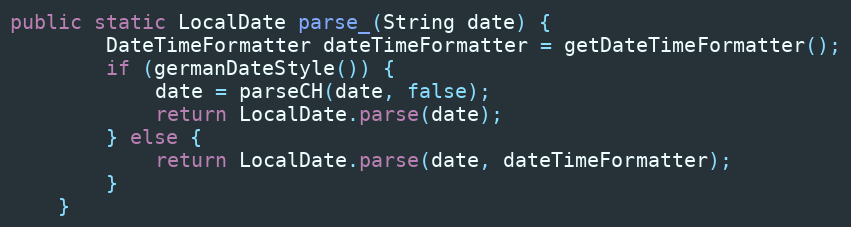
Language: Java
public static LocalDate parse_(String date) {
		DateTimeFormatter dateTimeFormatter = getDateTimeFormatter();
		if (germanDateStyle()) {
			date = parseCH(date, false);
			return LocalDate.parse(date);
		} else {
			return LocalDate.parse(date, dateTimeFormatter);
		}
	}